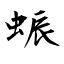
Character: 蜄